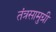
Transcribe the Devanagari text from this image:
तंत्रसामुग्री